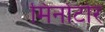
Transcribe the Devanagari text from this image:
मिनोटोर